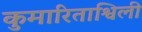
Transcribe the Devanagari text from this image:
कुमारिताश्विली